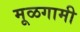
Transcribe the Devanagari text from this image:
मूळगामी